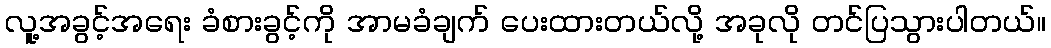
လူ့အခွင့်အရေး ခံစားခွင့်ကို အာမခံချက် ပေးထားတယ်လို့ အခုလို တင်ပြသွားပါတယ်။